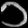
Digit: ၁